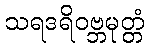
သရဒရိဝဗ္ဘမုတ္တံ